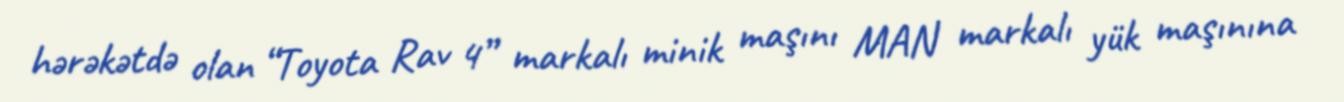
hərəkətdə olan “Toyota Rav 4” markalı minik maşını MAN markalı yük maşınına